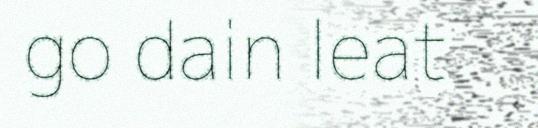
go dain leat